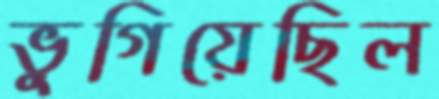
ভুগিয়েছিল